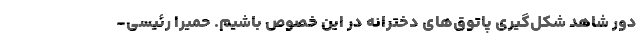
دور شاهد شکل‌گیری پاتوق‌های دخترانه در این خصوص باشیم. حمیرا رئیسی-